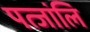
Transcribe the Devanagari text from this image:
पत्जांलि